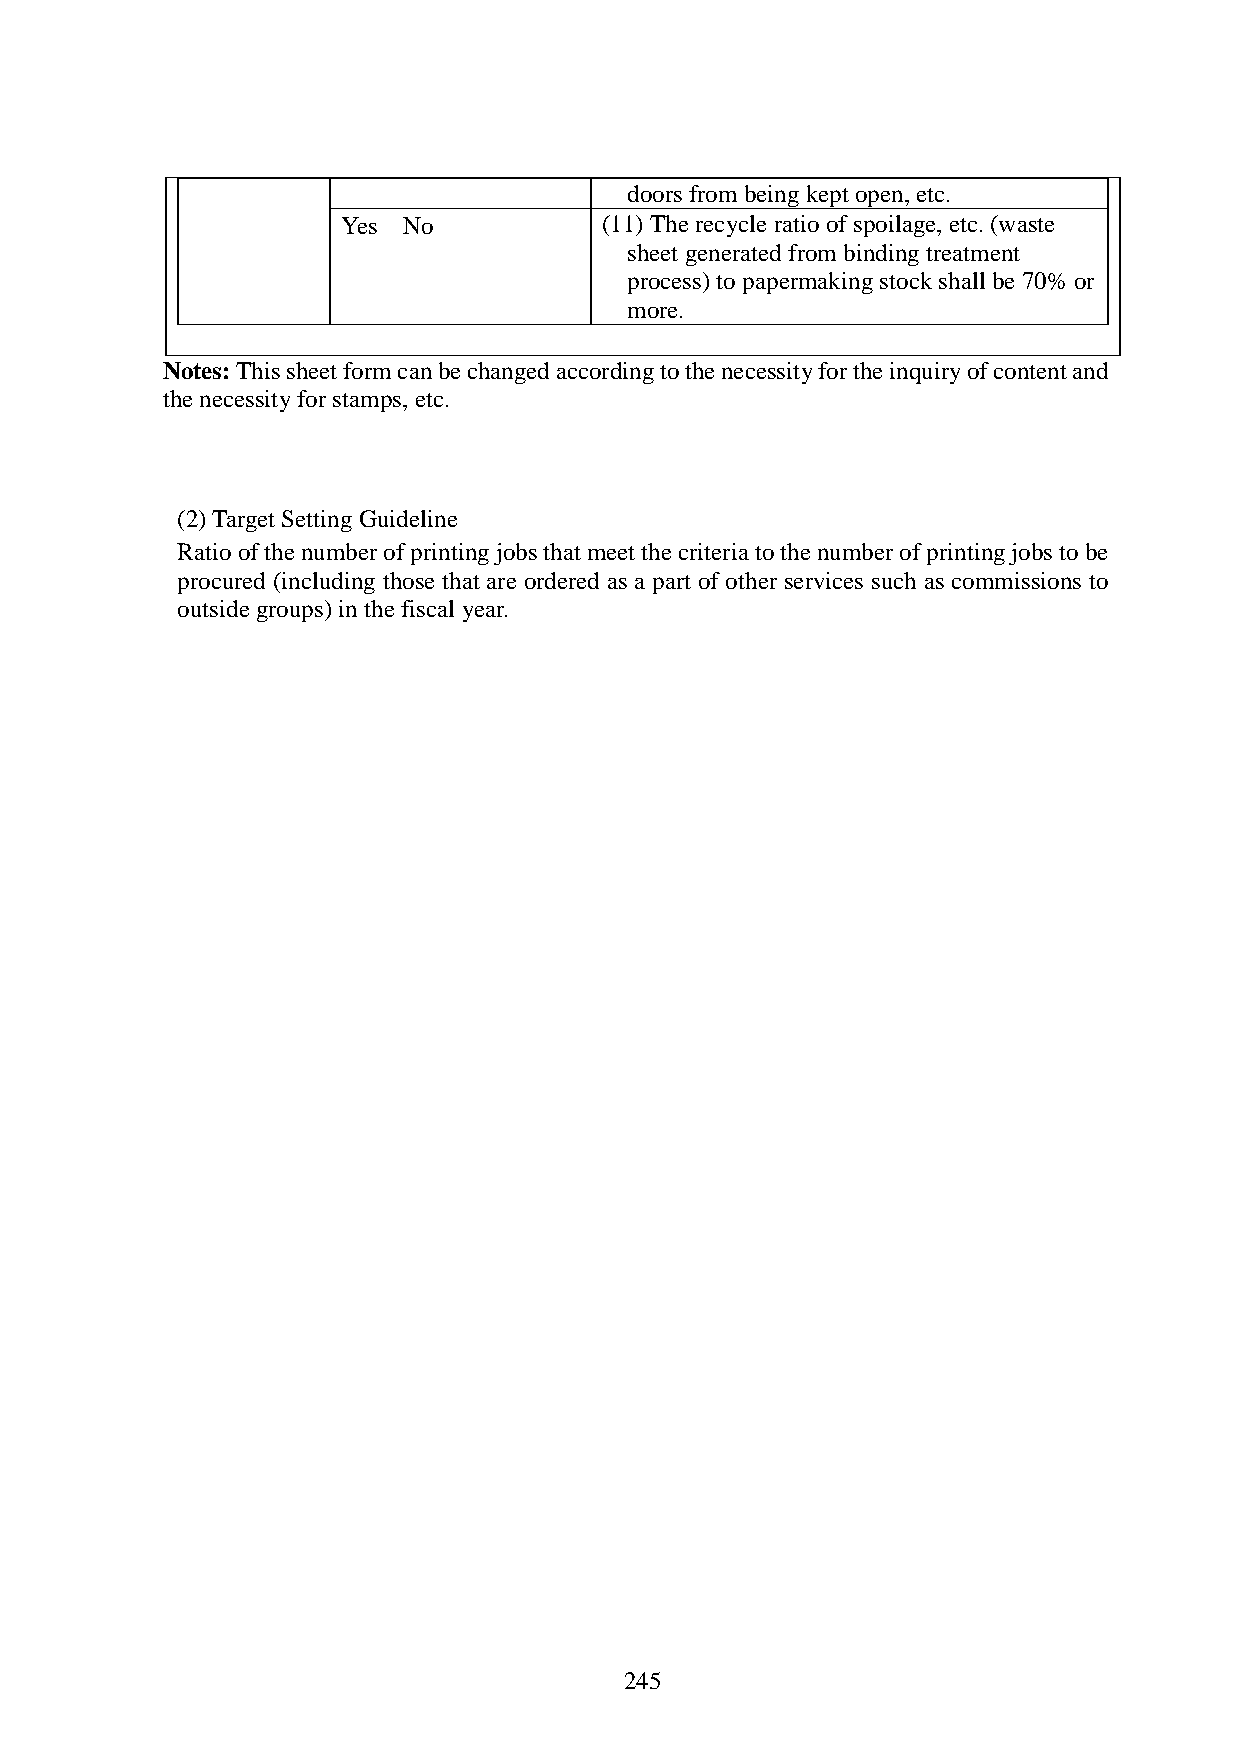
doors from being kept open, etc.
 Yes／No           (11) The recycle ratio of spoilage, etc. (waste
 sheet generated from binding treatment
 process) to papermaking stock shall be 70% or
 more.
 Notes: This sheet form can be changed according to the necessity for the inquiry of content and
 the necessity for stamps, etc.
 (2) Target Setting Guideline
 Ratio of the number of printing jobs that meet the criteria to the number of printing jobs to be
 procured (including those that are ordered as a part of other services such as commissions to
 outside groups) in the fiscal year.
 245